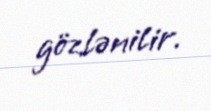
gözlənilir.